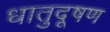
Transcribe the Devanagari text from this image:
धातुदूषण